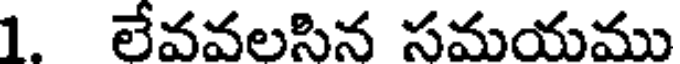
1. లేవవలసిన సమయము